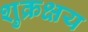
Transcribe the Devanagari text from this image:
शुक्रक्षय